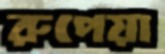
রুপেয়া